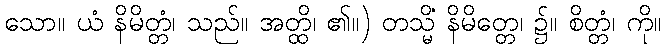
သော။ ယံ နိမိတ္တံ၊ သည်။ အတ္ထိ၊ ၏။) တသ္မိံ နိမိတ္တေ၊ ၌။ စိတ္တံ၊ ကို။